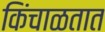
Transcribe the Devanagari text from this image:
किंचाळतात